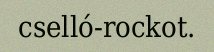
cselló-rockot.